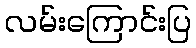
လမ်းကြောင်းပြ